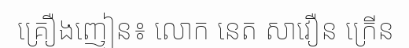
គ្រឿងញៀន៖ លោក នេត សាវឿន ក្រើន